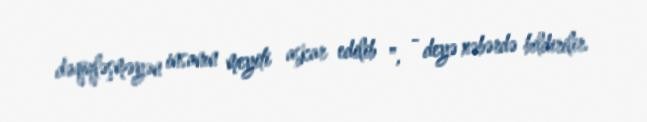
dəqiqləşməyən insanın meyiti aşkar edilib ", - deyə xəbərdə bildirilir.